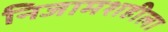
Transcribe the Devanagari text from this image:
निजामशहीला